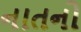
નાતનો